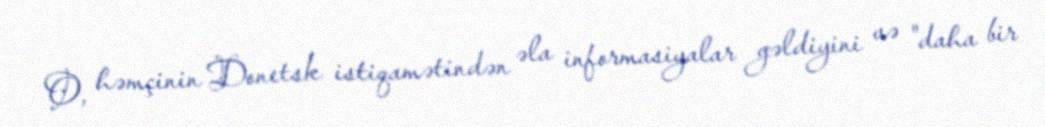
O, həmçinin Donetsk istiqamətindən əla informasiyalar gəldiyini və "daha bir